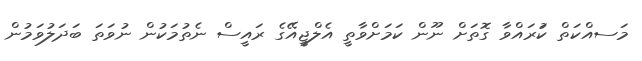
މަސއްކަތް ކުަރައްވާ ގޮތަށް ނޫން ކަމަށްވާތީ އެލްޖީއޭގެ ރައީސް ނެތުމަކުން ނުވަތަ ބަދަލުވަމުން